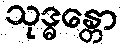
သုဒ္ဓန္တော